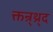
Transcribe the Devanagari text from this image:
क्तन्र्थ्र्द